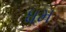
ધમ